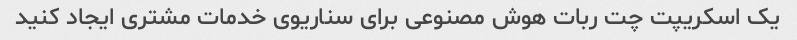
یک اسکریپت چت ربات هوش مصنوعی برای سناریوی خدمات مشتری ایجاد کنید